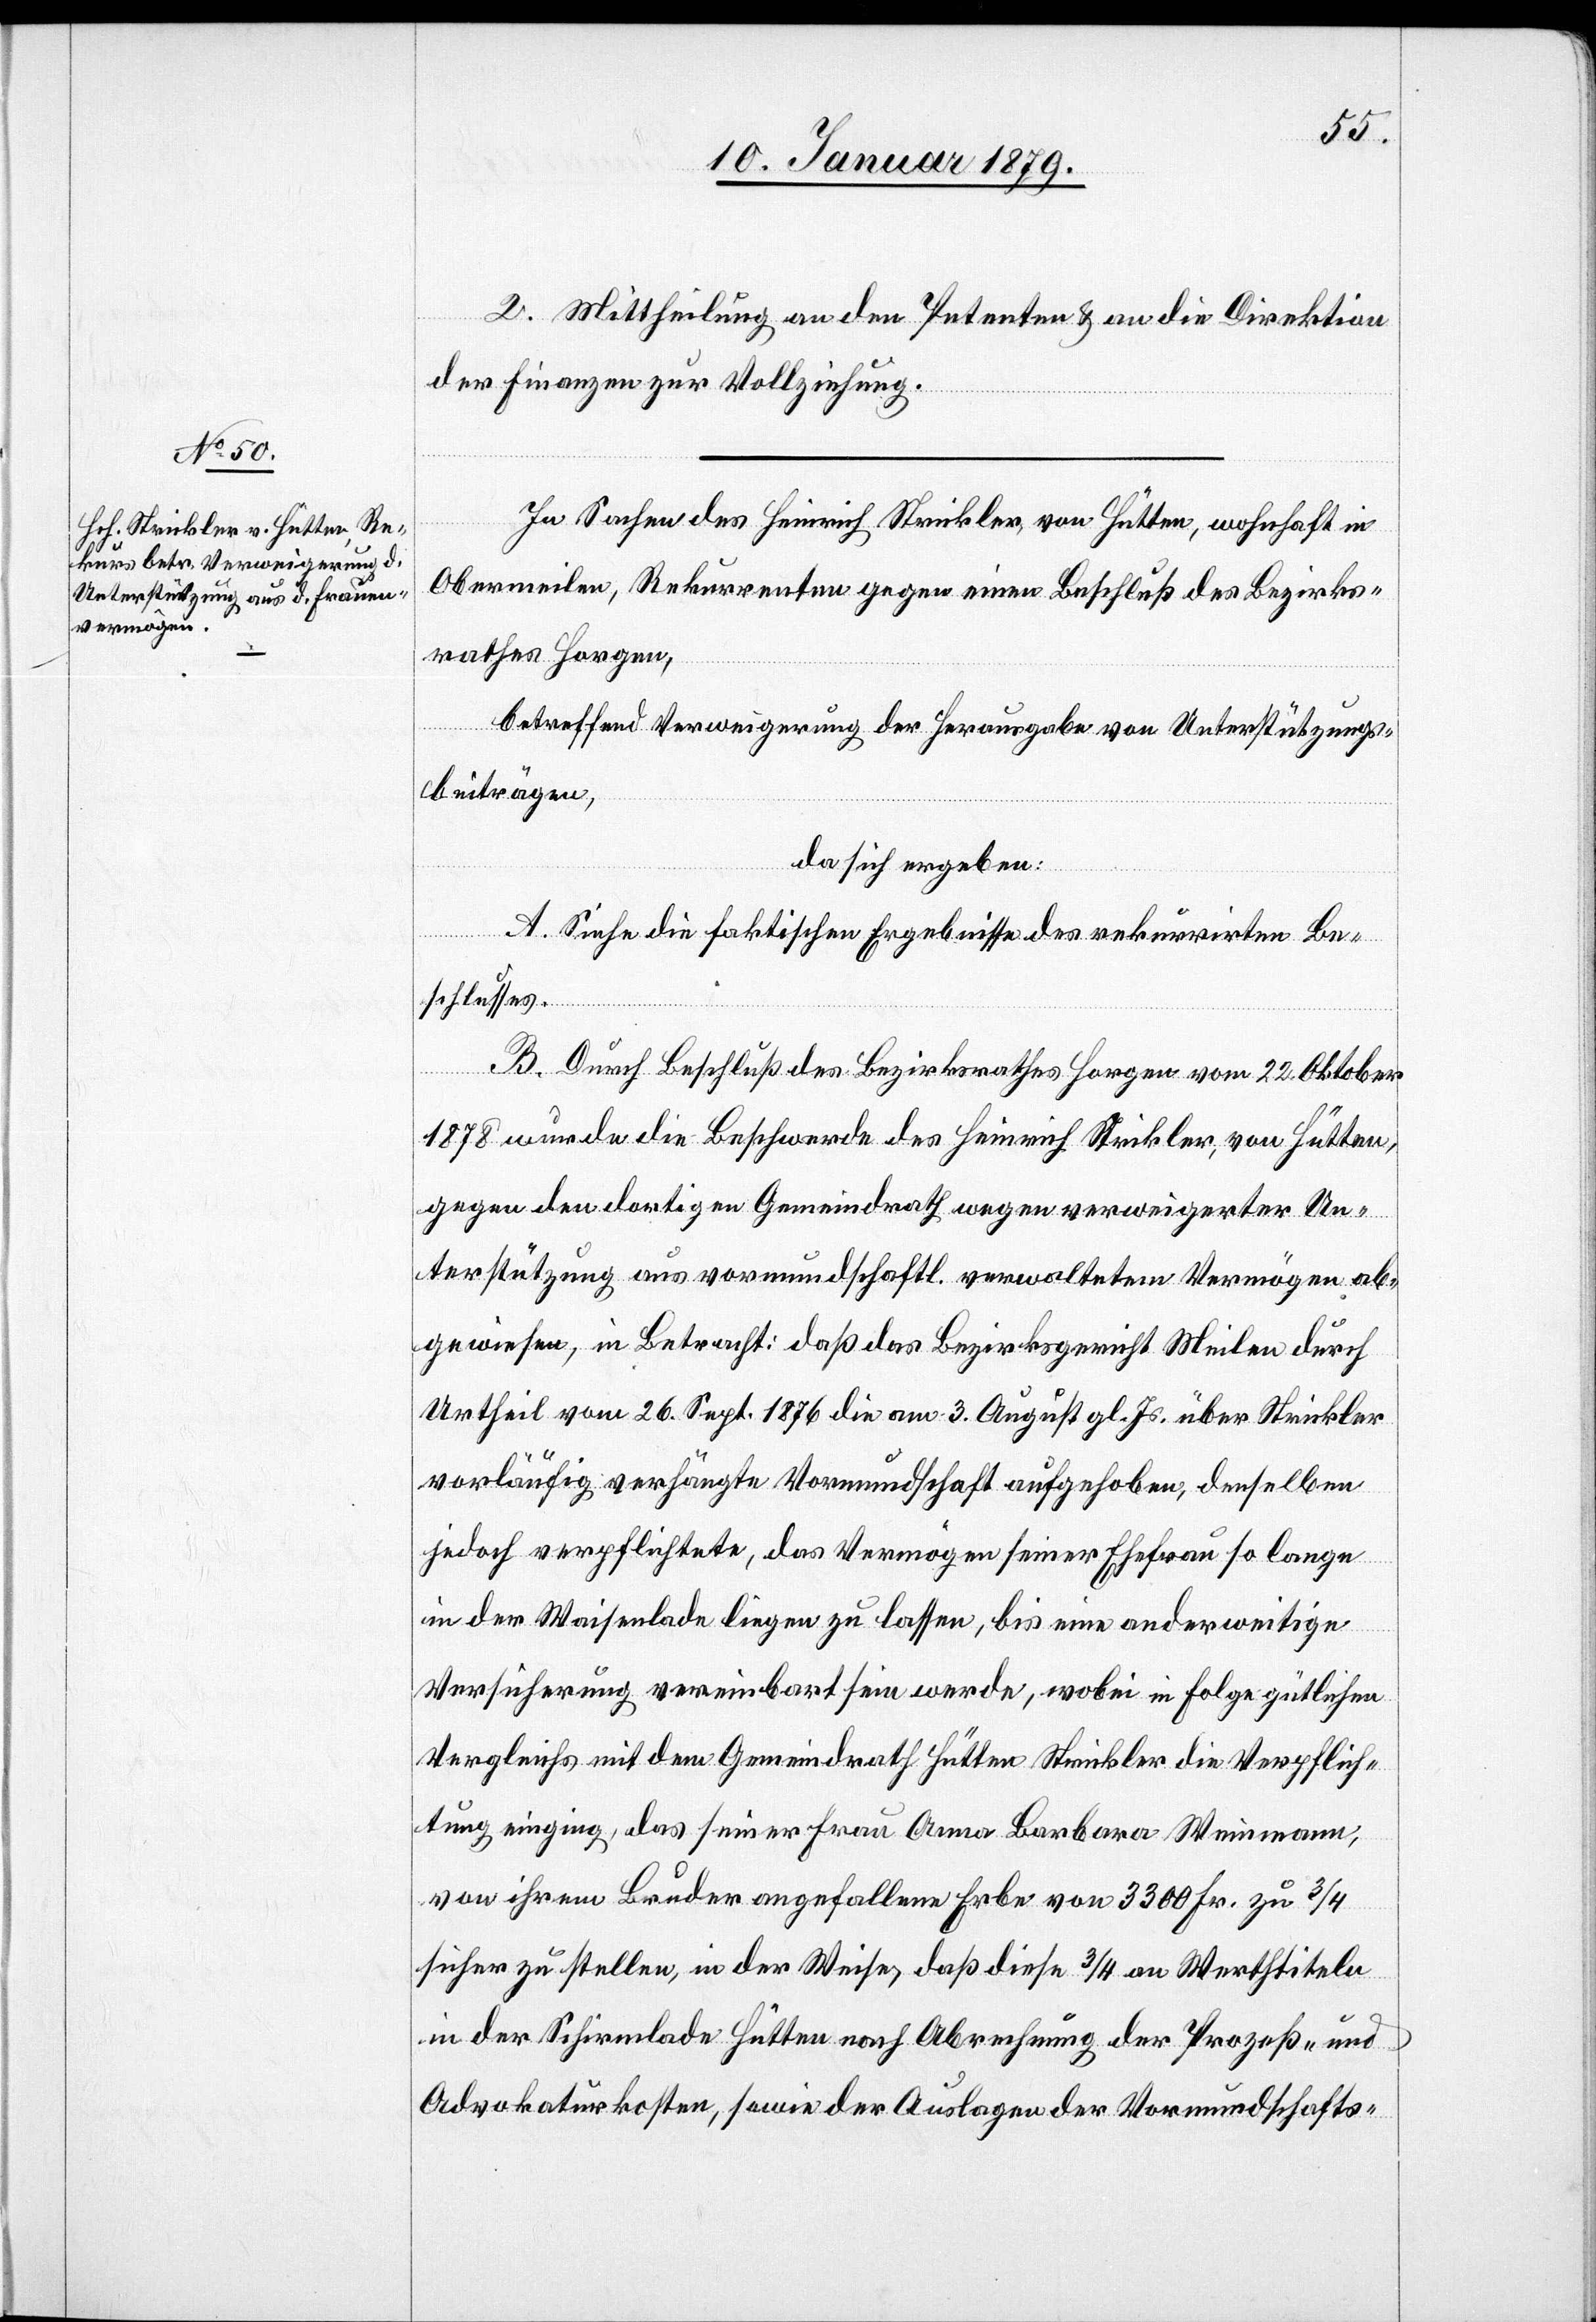
2. Mittheilung an den Petenten & an die Direktion
der Finanzen zur Vollziehung.
In Sachen des Heinrich Strickler, von Hütten, wohnhaft in
Obermeilen, Rekurrenten gegen einen Beschluß des Bezirks¬
rathes Horgen,
betreffend Verweigerung der Herausgabe von Unterstützungs¬
beiträgen,
da sich ergeben:
A. Siehe die faktischen Ergebnisse des rekurrirten Be¬
schlusses.
B. Durch Beschluß des Bezirksrathes Horgen vom 22. Oktober
1878 wurde die Beschwerde des Heinrich Strikler [sic!], von Hütten,
gegen den dortigen Gemeindrath wegen verweigerter Un¬
terstützung aus vormundschaftl. verwaltetem Vermögen ab¬
gewiesen, in Betracht: daß das Bezirksgericht Meilen durch
Urtheil vom 26. Sept. 1876 die am 3. August gl. Js. über Strickler
vorläufig verhängte Vormundschaft aufgehoben, denselben
jedoch verpflichtete, das Vermögen seiner Ehefrau so lange
in der Waisenlade liegen zu lassen, bis eine anderweitige
Versicherung vereinbart sein werde, wobei in Folge gütlichen
Vergleichs mit dem Gemeindrath Hütten Strickler die Verpflich¬
tung einging, das seiner Frau Anna Barbara Weinmann,
von ihrem Bruder angefallene Erbe von 3300 Fr. zu 3/4
sicher zu stellen, in der Weise, daß diese 3/4 an Werthtiteln
in der Schirmlade Hütten nach Abrechnung der Prozeß- und
Advokaturkosten, sowie der Auslagen der Vormundschafts-